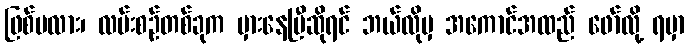
ဖြစ်မလား၊ လမ်းစဉ်တစ်ခုက မှားနေပြီဆိုရင် ဘယ်လိုမှ အကောင်အထည် ဖော်လို့ ရမှာ